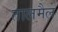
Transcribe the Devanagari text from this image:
तालमैल